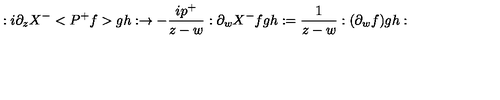
: i \partial _ { z } X ^ { - } < P ^ { + } f > g h : \rightarrow - \frac { i p ^ { + } } { z - w } : \partial _ { w } X ^ { - } f g h : = \frac 1 { z - w } : ( \partial _ { w } f ) g h :